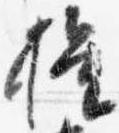
権